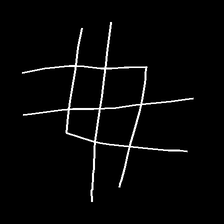
Glyph: crystal